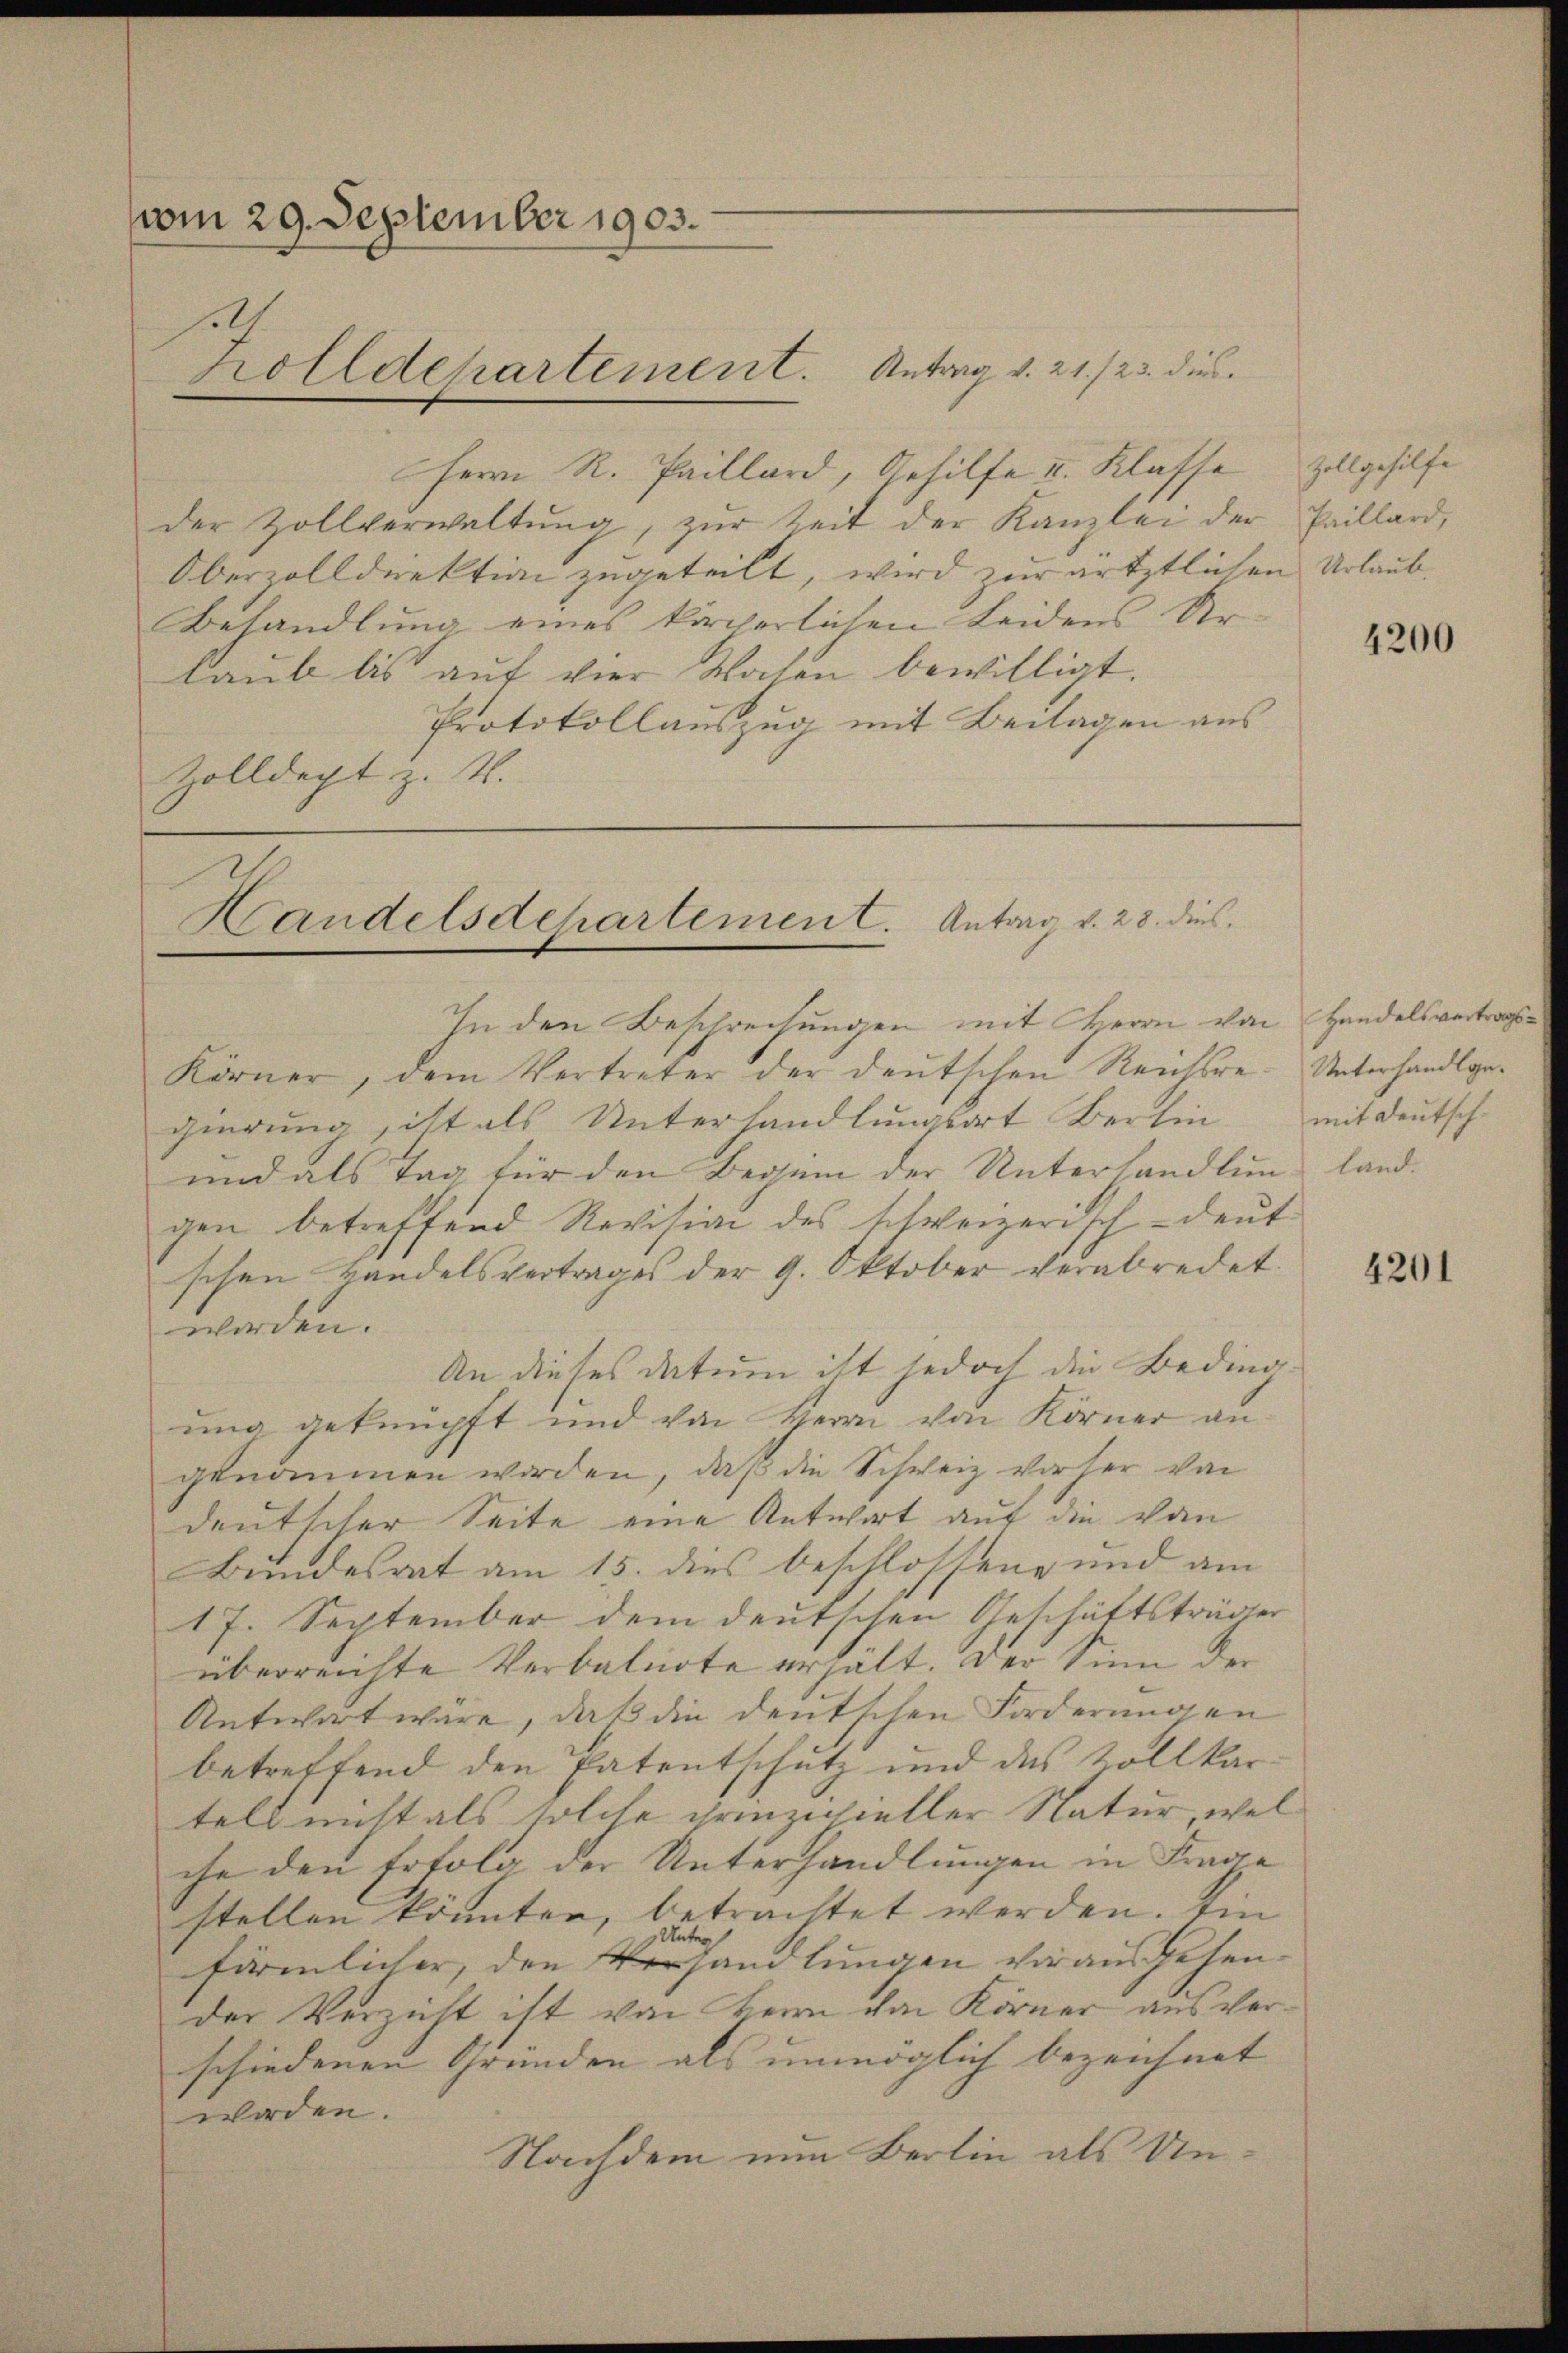
vom 29. September 1903.
Zolldepartement. Antrag v. 21./23. dies

Herr R. Paillard, Gehilfe I. Klasse
der Zollverwaltŭng, zŭr Zeit der Kanzlei der Paillard,
Oberzolldirektion zugeteilt, wird zur ärztlichen Urlaub.
Behandlung eines körperlichen Leidens Urlaub bis auf vier Walen bewilligt.
Protokollauszug mit Beilagen aus
Zolldecht z. Z.

Handelsdepartement. Antrag v. 28. dies

In den Beschrechungen mit Herrn von Handelsvertrags¬

Körner, dem Vertreter der deutschen Reichsregierung, ist als Unterhandlungsort Berlin
und als Tag für den Beginn der Unterhandlung land.
gen betreffend Revision des schweizerisch-deŭt
schen Handelsvertrages der 9. Oktober verabredet.
worden.
An dieses datum ist jedoch die Beding.
ung geknüpft und von Herrn von Körner an.
genommen worden, daß die Schweiz vorher von
deutscher Seite eine Antwort auf die von
Bundesrat am 15. dies beschlossene und am
17. September dem deutschen Geschäftsträger
überreichte Verbalnote erhält. Der Sinn der
Antwort wäre, daß die deutschen Forderungen
betreffend den Patentschutz und des Zollkar
telt nicht als solche prinzipieller Natur, wel
che den Erfolg der Unterhandlungen in Frage
stellen könnten, betrachtet werden. Ein
Un
t
förmlicher, den Verhandlungen vorausgehender Verzicht ist von Herrn von Körner aus verschiedenen Gründen als unmöglich bezeichnet |
worden.
Nachdem nun Berlin als Un¬

Zollgehilfe

4200

Unterhandlgemit Deutsch-

4201